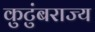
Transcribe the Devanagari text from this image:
कुटुंबराज्य